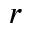
r